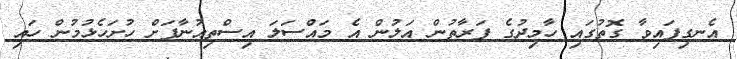
އެނގިފައިވާ ގޮތުގައި ހާމިދުގެ ފަރާތުން އަލުން އެ މައްސަލަ އިސްތިއުނާފަށް ހުށަހެޅުމުން ހައި